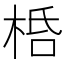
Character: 桰